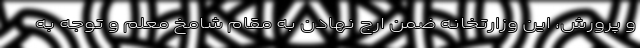
و پرورش، این وزارتخانه ضمن ارج نهادن به مقام شامخ معلم و توجه به